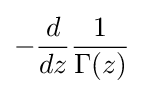
-{\frac {d}{dz}}{\frac {1}{\Gamma (z)}}